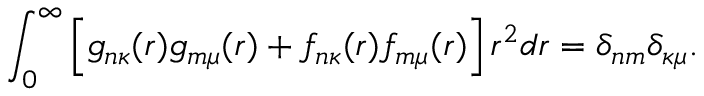
\int _ { 0 } ^ { \infty } \left[ g _ { n \kappa } ( r ) g _ { m \mu } ( r ) + f _ { n \kappa } ( r ) f _ { m \mu } ( r ) \right] r ^ { 2 } d r = \delta _ { n m } \delta _ { \kappa \mu } .